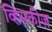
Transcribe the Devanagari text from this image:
व्हिसकीज़